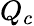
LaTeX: Q_{c}